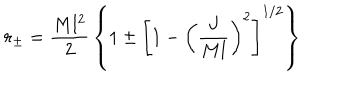
LaTeX: r _ { \pm } = { \frac { M l ^ { 2 } } { 2 } } \left\{ 1 \pm \left[ 1 - \left( { \frac { J } { M l } } \right) ^ { 2 } \right] ^ { 1 / 2 } \right\}